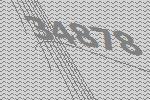
34878